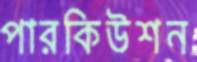
পারকিউশন